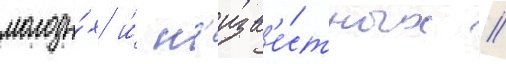
молоды́х и́ н'еизв'е́стных /